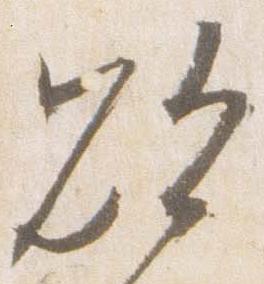
欲